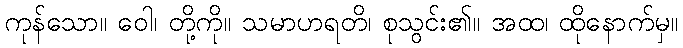
ကုန်သော။ ဝေါ၊ တို့ကို။ သမာဟရတိ၊ စုသွင်း၏။ အထ၊ ထိုနောက်မှ။